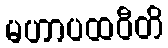
မဟာပထဝီတိ